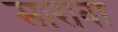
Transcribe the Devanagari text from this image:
सारावा